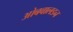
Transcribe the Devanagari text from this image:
ओबवालडन